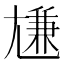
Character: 尲